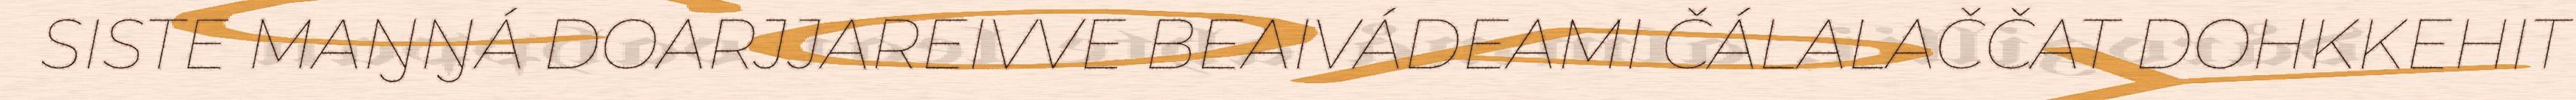
SISTE MAŊŊÁ DOARJJAREIVVE BEAIVÁDEAMI ČÁLALAČČAT DOHKKEHIT